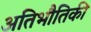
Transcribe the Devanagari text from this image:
अतिभौतिकी